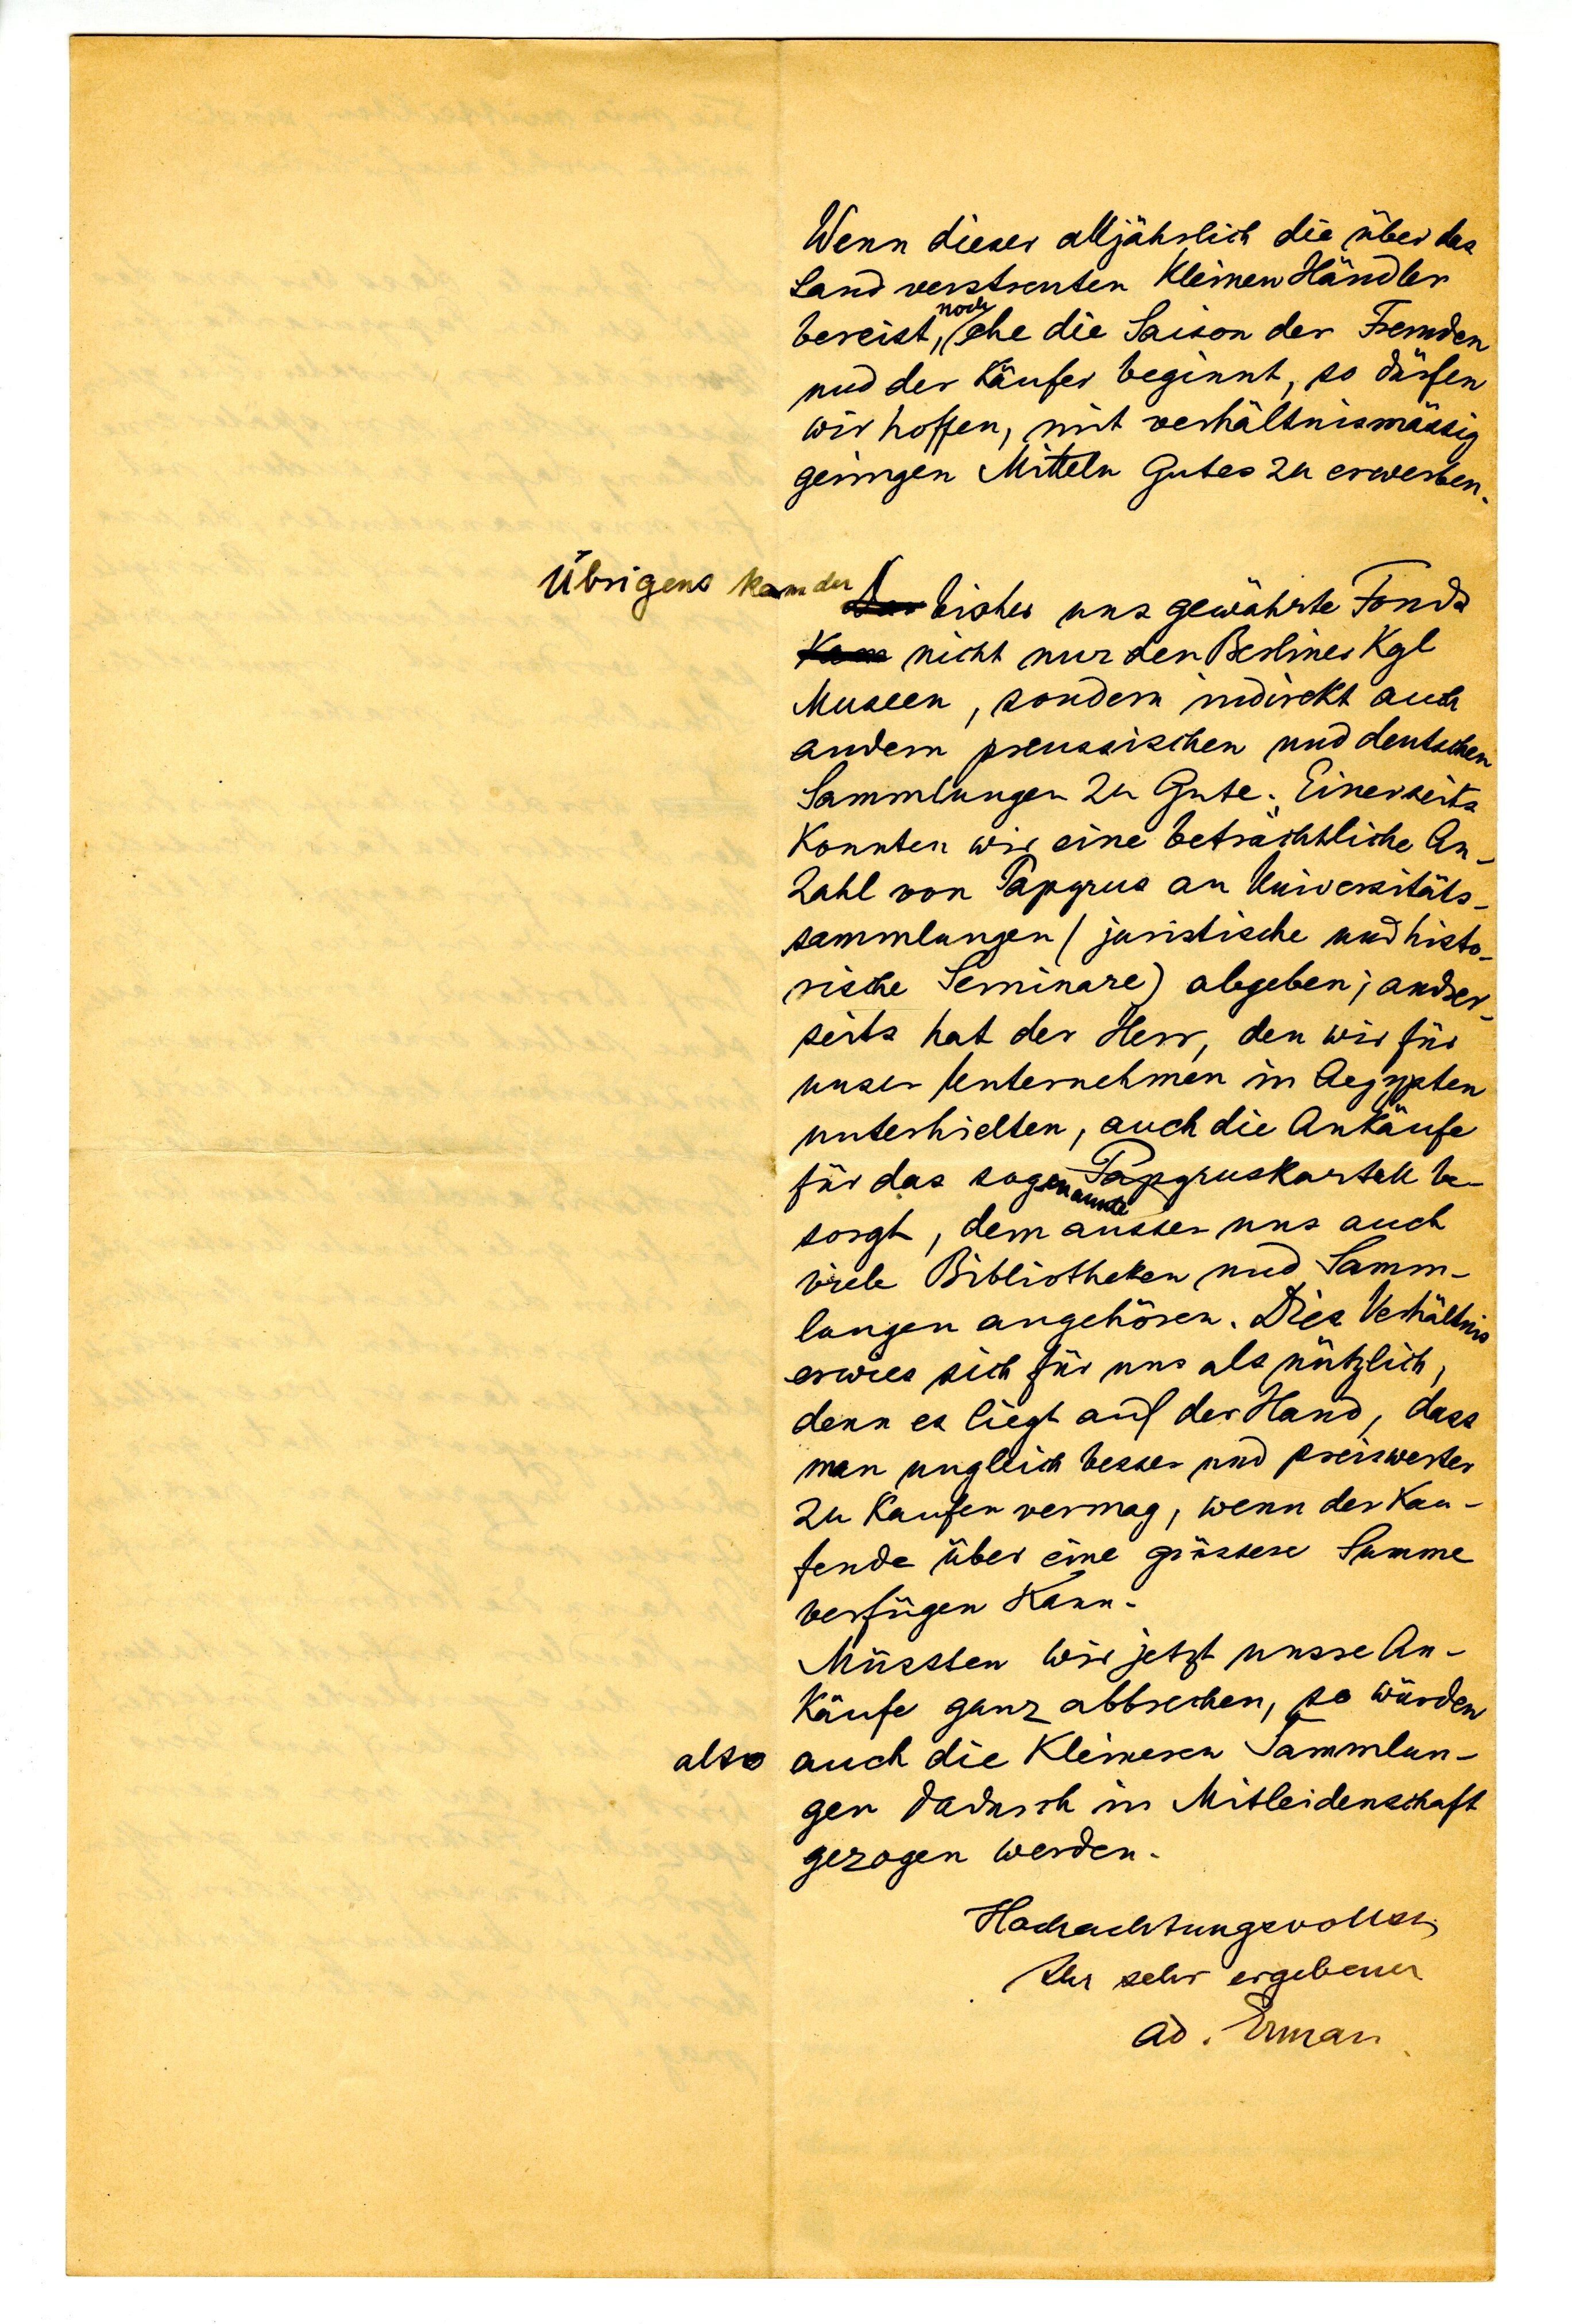
Wenn dieser alljährlich die über das
Land verstreuten kleinen Händler
noch
bereist, ehe die Saison der Fremden
und der Käufer beginnt, so dürfen
wir hoffen, mit verhältnismässig
geringen Mitteln Gutes zu erwerben.
Übrigens kam der bisher uns gewährte Fonds
nicht nur den Berliner Kgl
Museen, sondern indirekt auch
anderen preusischen und deutschen
Sammlungen zu Gute; Einserseits
konnten wir eine beträchtliche An¬
zahl von Papyrus an Universitäts¬
sammlungen (juristische und histo¬
rische Seminare) abgeben; ander¬
seits hat der Herr, den wir für
unser Unternehmen in Aegypten
unterhielten, auch die Ankäufe
für das sogenannte Papyruskartell be¬
sorgt, dem ausser uns auch
viele Bibliotheken und Samm¬
lungen angehören. Dies Verhältnis
erwies sich für uns als nützlich,
denn es liegt auf der Hand, dass
man ungleich besser und preiswerter
zu kaufen vermag, wenn der Kau¬
fende über eine grössere Summe
verfügen kann.
Müssten wir jetzt unsere An¬
käufe ganz abbrechen, so würden
also auch die kleineren Sammlun¬
gen dadurch in Mitleidenschaft
gezogen werden.
Hochauchtungsvollens
Ihr sehr ergebener
Ad. Erman